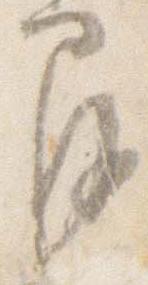
間